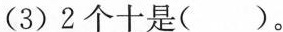
(3)2个十是( )。